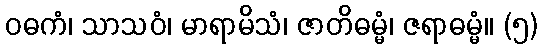
ဝဓကံ၊ သာသဝံ၊ မာရာမိသံ၊ ဇာတိဓမ္မံ၊ ဇရာဓမ္မံ။ (၅)